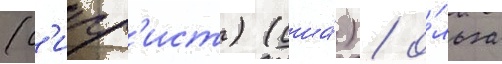
(с'игр'ист) (сша́) / о́льга